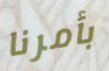
بأمرنا